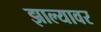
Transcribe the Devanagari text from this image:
झाल्‍यावर